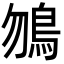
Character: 𩾲